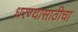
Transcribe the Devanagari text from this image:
धरण्यासाठीचा